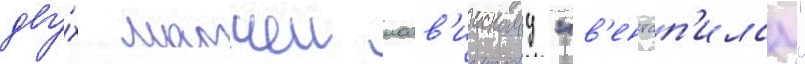
дву́х матчеи латв'иискому "в'ентсп'илсу"